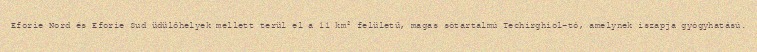
Eforie Nord és Eforie Sud üdülőhelyek mellett terül el a 11 km² felületű, magas sótartalmú Techirghiol-tó, amelynek iszapja gyógyhatású.